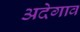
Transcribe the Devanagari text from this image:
अदेगाव